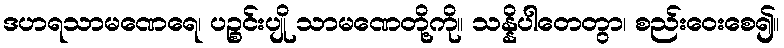
ဒဟရသာမဏေရေ၊ ပဉ္စင်းပျို သာမဏေတို့ကို။ သန္နိပါတေတွာ၊ စည်းဝေးစေ၍။